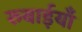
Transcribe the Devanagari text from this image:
रुबाईयाँ